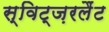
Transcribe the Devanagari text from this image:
स्विट्ज़रलैंट